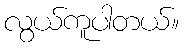
လွယ်ကူပါတယ်။